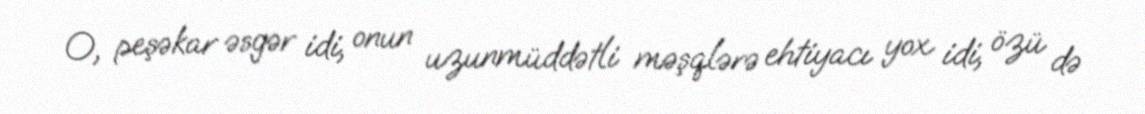
O, peşəkar əsgər idi, onun uzunmüddətli məşqlərə ehtiyacı yox idi, özü də